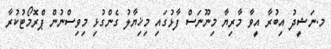
މ.ނަޝީދު އިބުރާ އީވާ މާރިޔާ މިނޫނަސް ފާޅުގައި މިޚިޔާލު ގެންގުޅި މިވިސްނުން ޕްރޮމޯޓުކުރާ